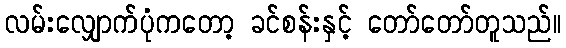
လမ်းလျှောက်ပုံကတော့ ခင်စန်းနှင့် တော်တော်တူသည်။